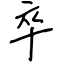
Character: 卒